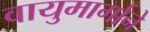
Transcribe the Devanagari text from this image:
वायुमार्गाने